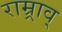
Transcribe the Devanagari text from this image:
राम्र्राव्